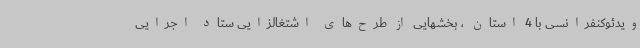
ویدئوکنفرانسی با 4 استان ، بخشهایی از طرح‌های اشتغالزایی ستاد اجرایی